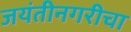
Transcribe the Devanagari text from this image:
जयंतीनगरीचा